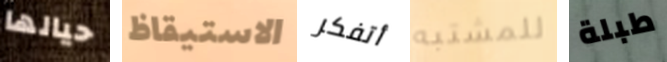
حيالها الاستيقاظ أتفكر للمشتبه طبلة